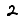
Digit: 2